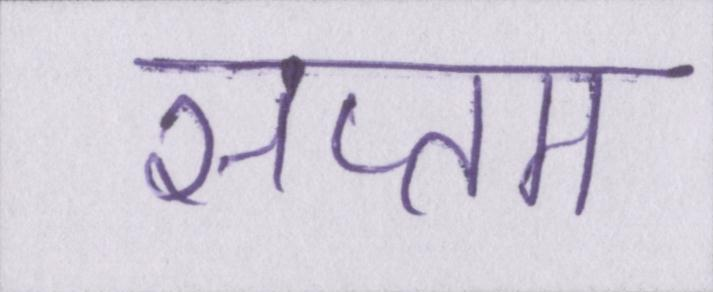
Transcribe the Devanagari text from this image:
सप्तम